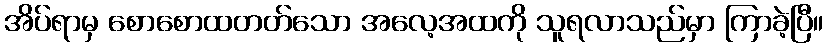
အိပ်ရာမှ စောစောထတတ်သော အလေ့အထကို သူရလာသည်မှာ ကြာခဲ့ပြီ။